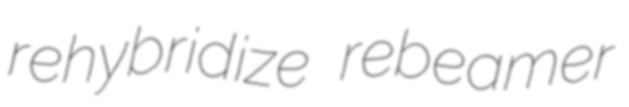
rehybridize rebeamer